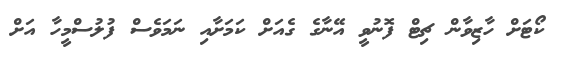
ކޯޓަށް ހާޒިވާން ޗިޓް ފޮނުވީ އޭނާގެ ގެއަށް ކަމަށާއި ނަމަވެސް ފުލުސްމީހާ އަށް